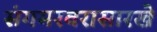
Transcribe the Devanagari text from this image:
संगमरवरासारखे